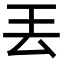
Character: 丟